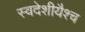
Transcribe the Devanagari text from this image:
स्वदेशीयैश्च